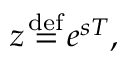
z { \stackrel { \mathrm { d e f } } { { } = { } } } e ^ { s T } ,